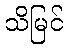
သိမြင်